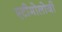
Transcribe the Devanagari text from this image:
एटीमोलोजी